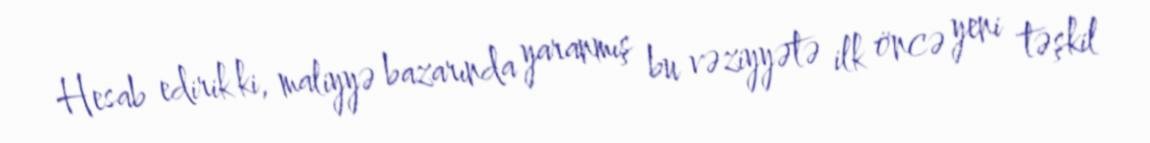
Hesab edirik ki, maliyyə bazarında yaranmış bu vəziyyətə ilk öncə yeni təşkil